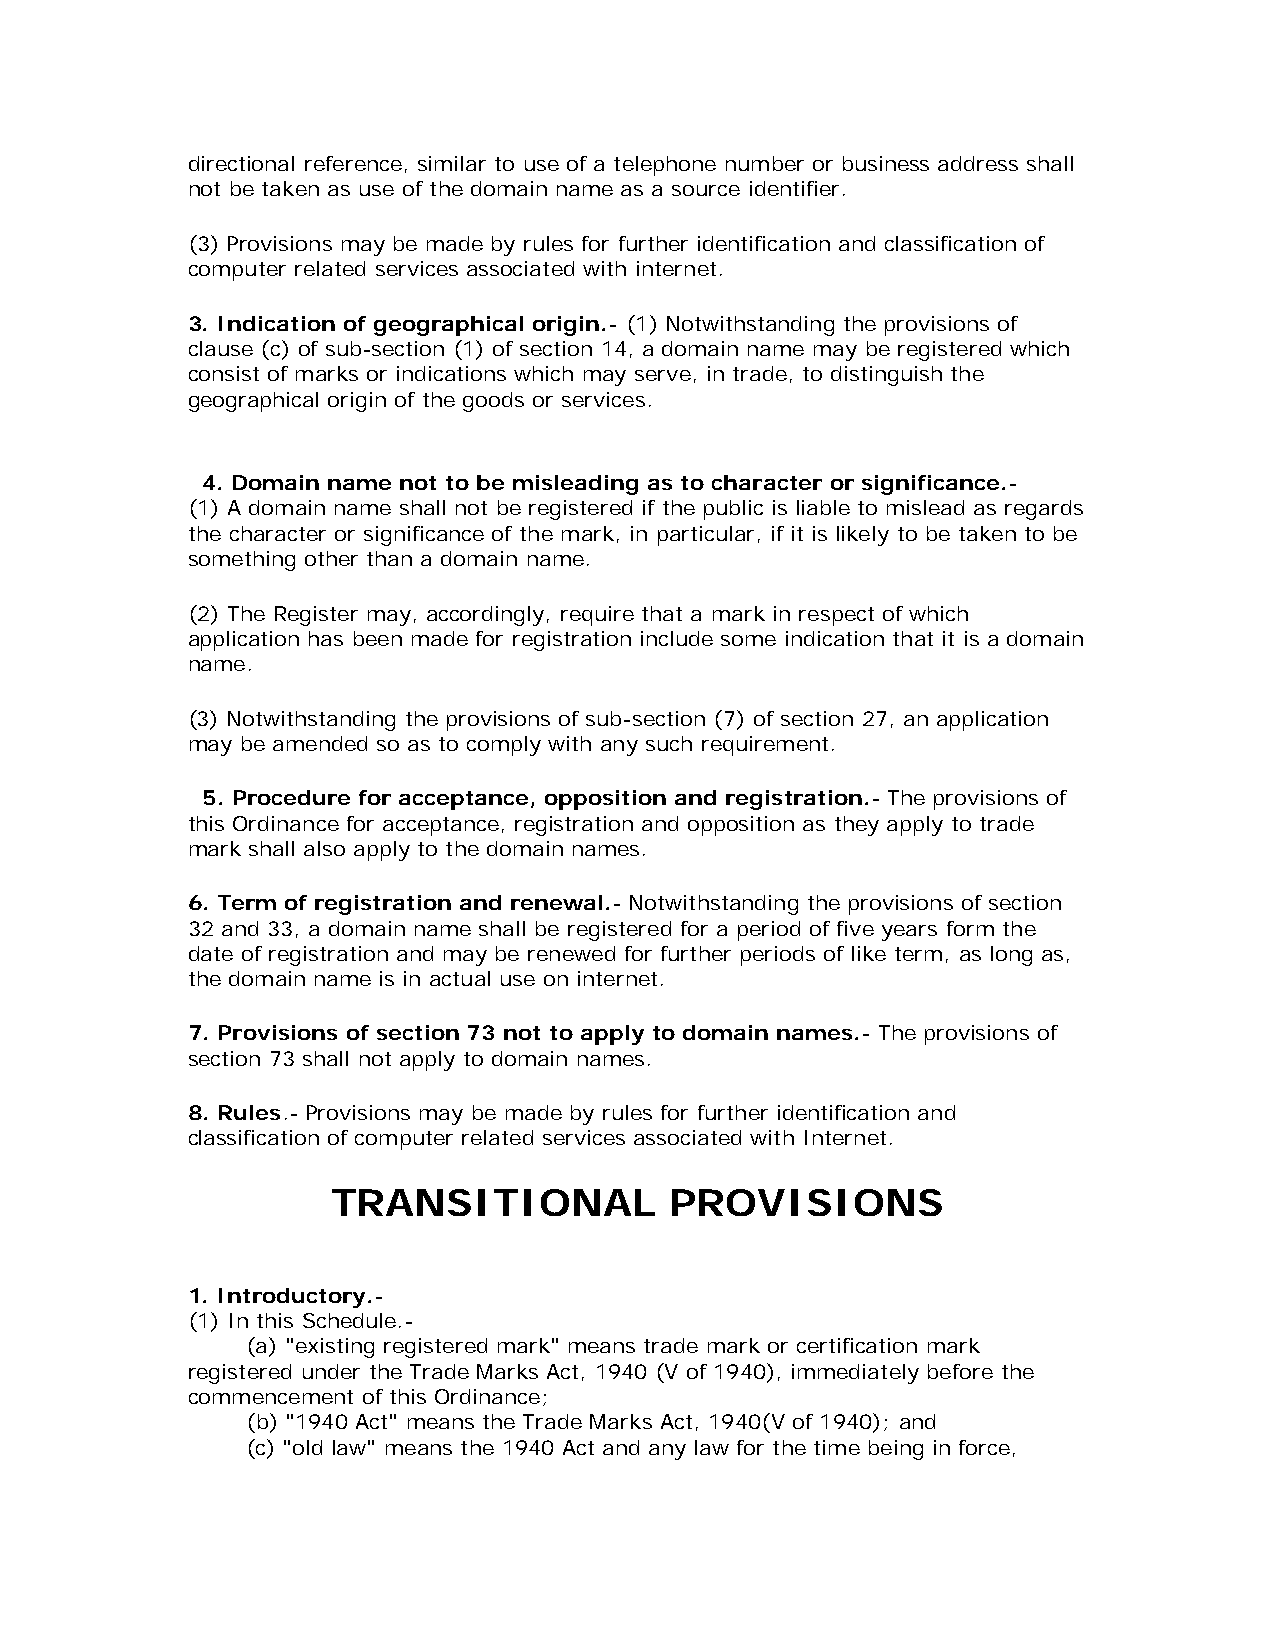
directional reference, similar to use of a telephone number or business address shall
 not be taken as use of the domain name as a source identifier.
 (3) Provisions may be made by rules for further identification and classification of
 computer related services associated with internet.
 3. Indication of geographical origin.- (1) Notwithstanding the provisions of
 clause (c) of sub-section (1) of section 14, a domain name may be registered which
 consist of marks or indications which may serve, in trade, to distinguish the
 geographical origin of the goods or services.
 4. Domain name not to be misleading as to character or significance.-
 (1) A domain name shall not be registered if the public is liable to mislead as regards
 the character or significance of the mark, in particular, if it is likely to be taken to be
 something other than a domain name.
 (2) The Register may, accordingly, require that a mark in respect of which
 application has been made for registration include some indication that it is a domain
 name.
 (3) Notwithstanding the provisions of sub-section (7) of section 27, an application
 may be amended so as to comply with any such requirement.
 5. Procedure for acceptance, opposition and registration.- The provisions of
 this Ordinance for acceptance, registration and opposition as they apply to trade
 mark shall also apply to the domain names.
 6. Term of registration and renewal.- Notwithstanding the provisions of section
 32 and 33, a domain name shall be registered for a period of five years form the
 date of registration and may be renewed for further periods of like term, as long as,
 the domain name is in actual use on internet.
 7. Provisions of section 73 not to apply to domain names.- The provisions of
 section 73 shall not apply to domain names.
 8. Rules.- Provisions may be made by rules for further identification and
 classification of computer related services associated with Internet.
 TRANSITIONAL          PROVISIONS
 1. Introductory.-
 (1) In this Schedule.-
 (a) "existing registered mark" means trade mark or certification mark
 registered under the Trade Marks Act, 1940 (V of 1940), immediately before the
 commencement of this Ordinance;
 (b) "1940 Act" means the Trade Marks Act, 1940(V of 1940); and
 (c) "old law" means the 1940 Act and any law for the time being in force,